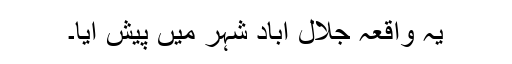
یہ واقعہ جلال آباد شہر میں پیش آیا۔